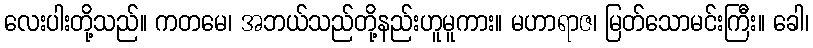
လေးပါးတို့သည်။ ကတမေ၊ အဘယ်သည်တို့နည်းဟူမူကား။ မဟာရာဇ၊ မြတ်သောမင်းကြီး။ ခေါ၊